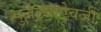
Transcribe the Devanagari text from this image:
पुजाऱ्याऐवजी